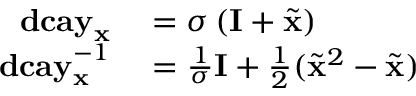
\begin{array} { r l } { \mathbf { d c a y } _ { \mathbf { x } } } & { { } = \sigma \left( \mathbf { I } + \tilde { \mathbf { x } } \right) } \\ { \mathbf { d c a y } _ { \mathbf { x } } ^ { - 1 } } & { { } = \frac { 1 } { \sigma } \mathbf { I } + \frac { 1 } { 2 } ( \tilde { \mathbf { x } } ^ { 2 } - \tilde { \mathbf { x } } ) } \end{array}